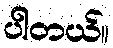
ပါတယ်။